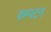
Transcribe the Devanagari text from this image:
कम्पटन